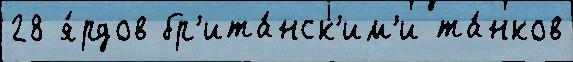
28 я́рдов бр'ита́нск'им'и та́нков